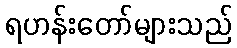
ရဟန်းတော်များသည်